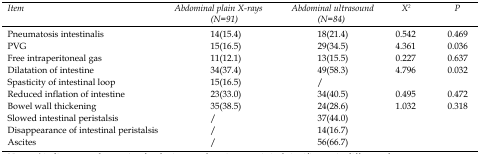
<table><thead><tr><td><b><i>Item</i></b></td><td><b><i>Abdominal plain X-rays (N=91)</i></b></td><td><b><i>Abdominal ultrasound (N=84)</i></b></td><td><b><i>X<sup>2</sup></i></b></td><td><b><i>P</i></b></td></tr></thead><tbody><tr><td>Pneumatosis intestinalis</td><td>14(15.4)</td><td>18(21.4)</td><td>0.542</td><td>0.469</td></tr><tr><td>PVG</td><td>15(16.5)</td><td>29(34.5)</td><td>4.361</td><td>0.036</td></tr><tr><td>Free intraperitoneal gas</td><td>11(12.1)</td><td>13(15.5)</td><td>0.227</td><td>0.637</td></tr><tr><td>Dilatation of intestine</td><td>34(37.4)</td><td>49(58.3)</td><td>4.796</td><td>0.032</td></tr><tr><td>Spasticity of intestinal loop</td><td>15(16.5)</td><td>/</td><td></td><td></td></tr><tr><td>Reduced inflation of intestine</td><td>23(33.0)</td><td>34(40.5)</td><td>0.495</td><td>0.472</td></tr><tr><td>Bowel wall thickening</td><td>35(38.5)</td><td>24(28.6)</td><td>1.032</td><td>0.318</td></tr><tr><td>Slowed intestinal peristalsis</td><td>/</td><td>37(44.0)</td><td></td><td></td></tr><tr><td>Disappearance of intestinal peristalsis</td><td>/</td><td>14(16.7)</td><td></td><td></td></tr><tr><td>Ascites</td><td>/</td><td>56(66.7)</td><td></td><td></td></tr></tbody></table>